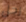
رجل